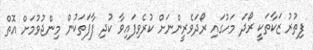
ފިތުރު ޒަކާތަކީ ރޯދަ މަހުގައި ރޯދަވެރީންނަށް ކުރެވިފައިވާ ކުދި ފާފަތަކުން މިންޖުވުމަށް އޮތް